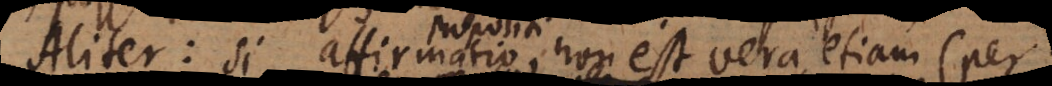
Aliter: si affirmatio non est vera etiam (per